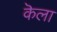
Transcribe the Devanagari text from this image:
कॆला